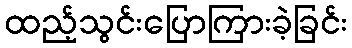
ထည့်သွင်းပြောကြားခဲ့ခြင်း